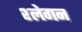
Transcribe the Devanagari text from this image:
श्लेगन